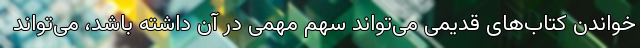
خواندن کتاب‌های قدیمی می‌تواند سهم مهمی در آن داشته باشد، می‌تواند